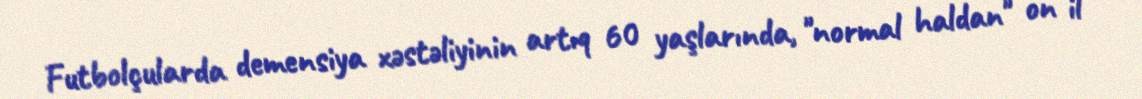
Futbolçularda demensiya xəstəliyinin artıq 60 yaşlarında, "normal haldan" on il